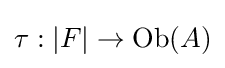
\tau :|F|\to \mathrm {Ob} (A)